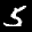
Label: 5